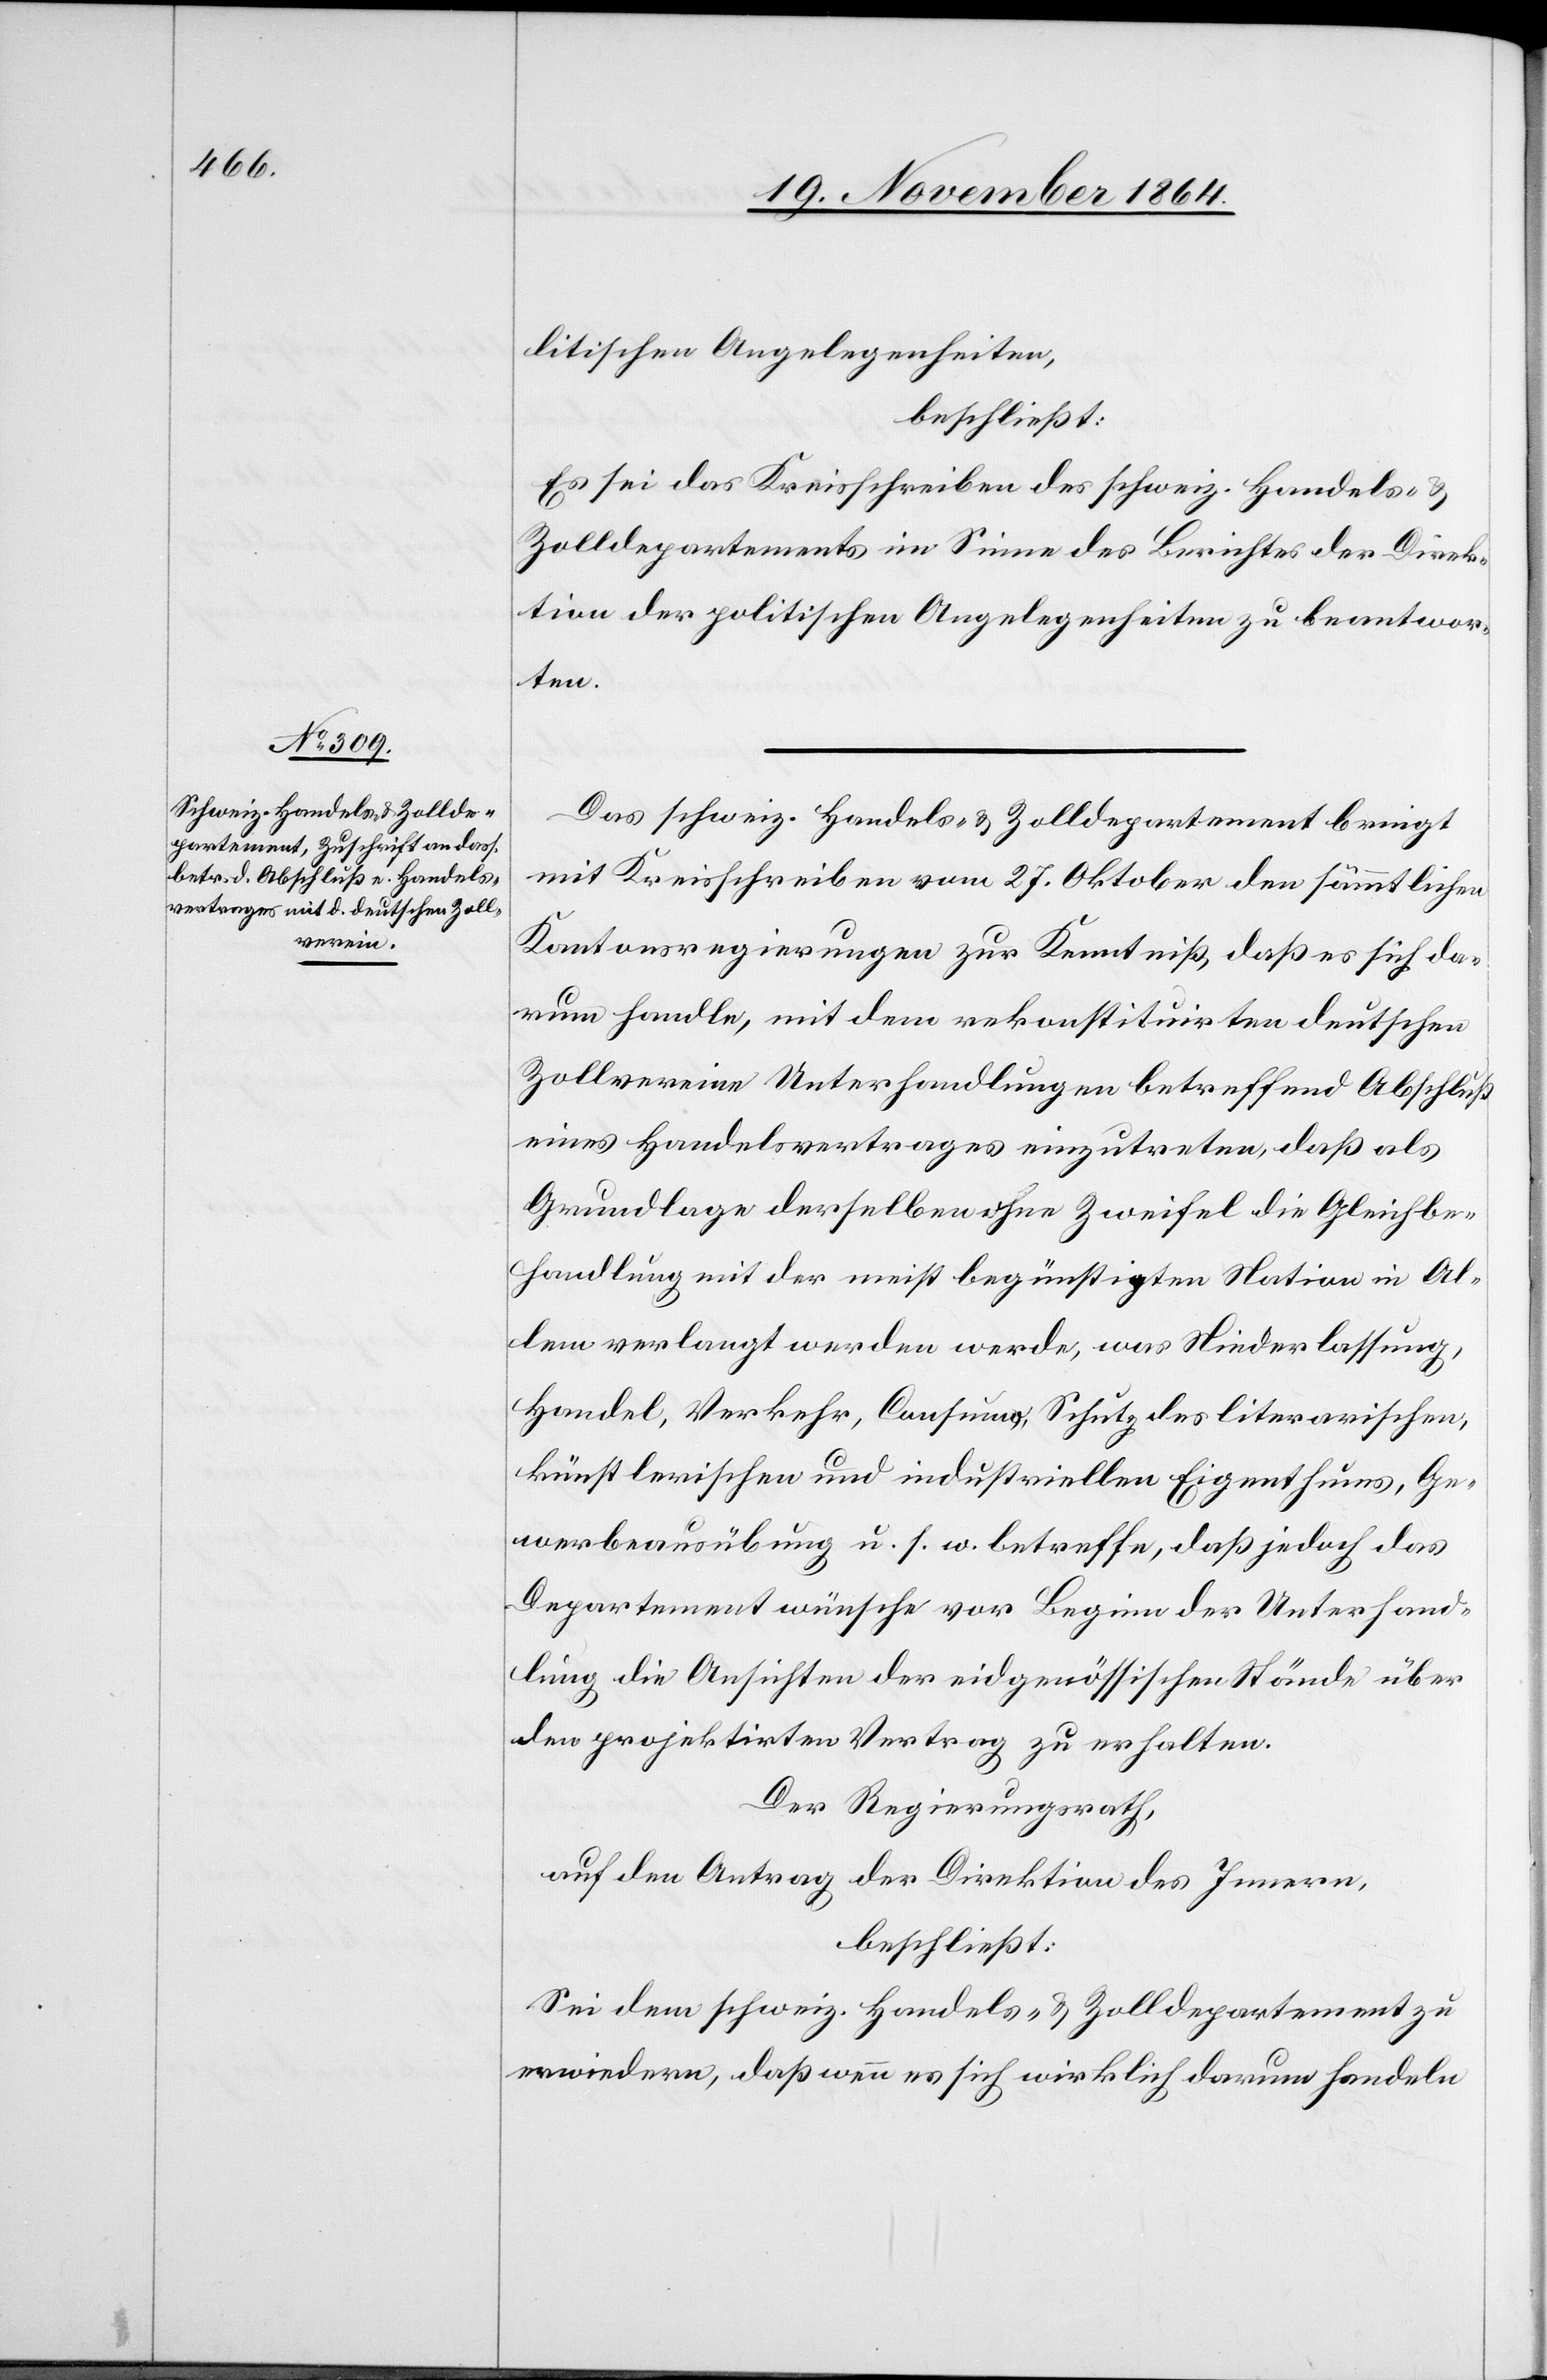
litischen Angelegenheiten,
beschließt:
Es sei das Kreisschreiben des schweiz. Handels- &
Zolldepartements im Sinne des Berichtes der Direk¬
tion der politischen Angelegenheiten zu beantwor¬
ten.
Das schweiz. Handels- & Zolldepartement bringt
mit Kreisschreiben vom 27. Oktober den sämmtlichen
Kantonsregierungen zur Kenntniß, daß es sich da¬
rum handle, mit dem rekonstituirten deutschen
Zollvereine Unterhandlungen betreffend Abschluß
eines Handelsvertrages einzutreten, daß als
Grundlage derselben ohne Zweifel die Gleichbe¬
handlung mit der meist begünstigten Nation in Al¬
lem verlangt werden werde, was Niederlassung,
Handel, Verkehr, Consumo, Schutz des literarischen,
künstlerischen und industriellen Eigenthums, Ge¬
werbeausübung u. s. f. betreffe, daß jedoch das
Departement wünsche vor Beginn der Unterhand¬
lungen die Ansichten der eidgenössischen Stände über
den projektirten Vertrag zu erhalten.
Der Regierungsrath,
auf den Antrag der Direktion des Innern,
beschließt:
Sei dem schweiz. Handels- & Zolldepartement zu
erwiedern, daß wenn es sich wirklich darum handeln